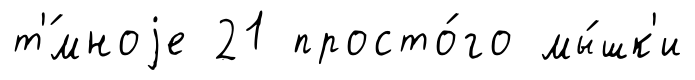
т'́мноjе 21 просто́го мы́шк'и